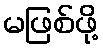
မဖြစ်ဖို့